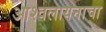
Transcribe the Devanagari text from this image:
आश्वलायनाचा